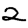
Digit: 2